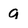
Character: g